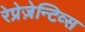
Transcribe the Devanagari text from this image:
रेप्रेज़ेन्टिव्स